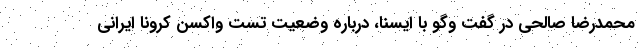
محمدرضا صالحی در گفت وگو با ایسنا، درباره وضعیت تست واکسن کرونا ایرانی